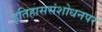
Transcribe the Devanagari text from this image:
इतिहाससंशोधनपर